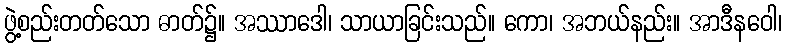
ဖွဲ့စည်းတတ်သော ဓာတ်၌။ အဿာဒေါ၊ သာယာခြင်းသည်။ ကော၊ အဘယ်နည်း။ အာဒီနဝေါ၊